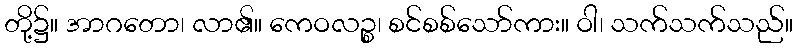
တို့၌။ အာဂတော၊ လာ၏။ ကေဝလဉ္စ၊ စင်စစ်သော်ကား။ ဝါ၊ သက်သက်သည်။